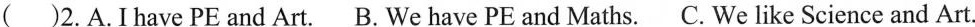
( )2.A.I have PE and Art. B. We have PE and Maths. C. We like Science and Art.